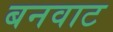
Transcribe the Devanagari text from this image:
बनवाट